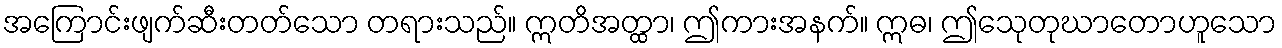
အကြောင်းဖျက်ဆီးတတ်သော တရားသည်။ ဣတိအတ္ထာ၊ ဤကားအနက်။ ဣဓ၊ ဤသေုတုဃာတောဟူသော